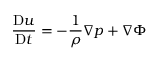
{ \frac { \mathrm { D } { \boldsymbol { u } } } { \mathrm { D } t } } = - { \frac { 1 } { \rho } } { \boldsymbol { \nabla } } p + { \boldsymbol { \nabla } } \Phi